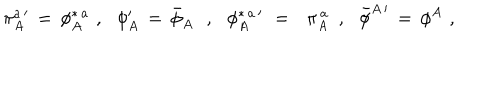
\pi _ { A } ^ { a \, \prime } \, = \, \phi _ { A } ^ { \ast \, a } \, \, , \, \, \, \, \phi _ { A } ^ { \prime } \, = \, { \bar { \phi } } _ { A } \, \, \, \, , \, \, \, \, \phi _ { A } ^ { \ast \, a \, \prime } \, \, = \, \, \, \, \pi _ { A } ^ { \, a } \, \, \, , \, \, \, \, { \bar { \phi } } ^ { A \, \prime } \, = \, \phi ^ { A } \, \, ,